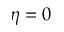
\eta = 0